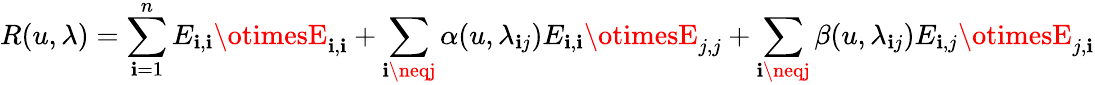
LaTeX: R(u,\lambda)=\sum_{\mathbf{i}=1}^{n}E_{\mathbf{i},\mathbf{i}}\otimesE_{\mathbf{i},\mathbf{i}}+\sum_{\mathbf{i}\neqj}\alpha(u,\lambda_{\mathbf{i}j})E_{\mathbf{i},\mathbf{i}}\otimesE_{j,j}+\sum_{\mathbf{i}\neqj}\beta(u,\lambda_{\mathbf{i}j})E_{\mathbf{i},j}\otimesE_{j,\mathbf{i}}